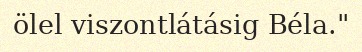
ölel viszontlátásig Béla."